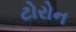
ટોરોન